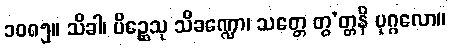
၁၀၈၅။ သိခါ၊ ပိဉ္ဆေသု သိခဏ္ဍော၊ သတ္တေ တွ’တ္တနိ ပုဂ္ဂလော။